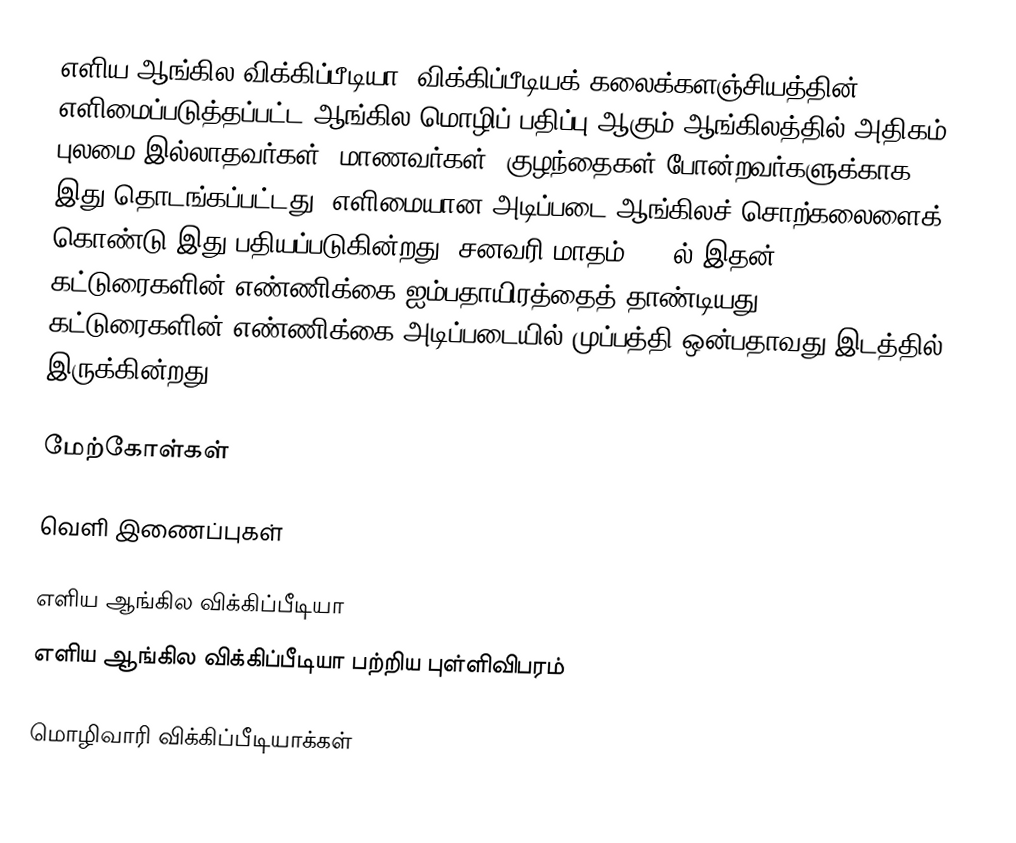
எளிய ஆங்கில விக்கிப்பீடியா, விக்கிப்பீடியக் கலைக்களஞ்சியத்தின் எளிமைப்படுத்தப்பட்ட ஆங்கில மொழிப் பதிப்பு ஆகும்.ஆங்கிலத்தில் அதிகம் புலமை இல்லாதவர்கள், மாணவர்கள், குழந்தைகள் போன்றவர்களுக்காக இது தொடங்கப்பட்டது. எளிமையான அடிப்படை ஆங்கிலச் சொற்கலைளைக் கொண்டு இது பதியப்படுகின்றது. சனவரி மாதம் 2009ல் இதன் கட்டுரைகளின் எண்ணிக்கை ஐம்பதாயிரத்தைத் தாண்டியது. கட்டுரைகளின் எண்ணிக்கை அடிப்படையில் முப்பத்தி ஒன்பதாவது இடத்தில் இருக்கின்றது.

மேற்கோள்கள்

வெளி இணைப்புகள்

 எளிய ஆங்கில விக்கிப்பீடியா
 எளிய ஆங்கில விக்கிப்பீடியா பற்றிய புள்ளிவிபரம்

மொழிவாரி விக்கிப்பீடியாக்கள்